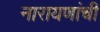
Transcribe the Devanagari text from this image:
नारायणांची